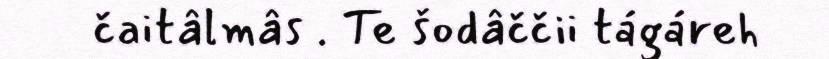
čaitâlmâs . Te šodâččii tágáreh